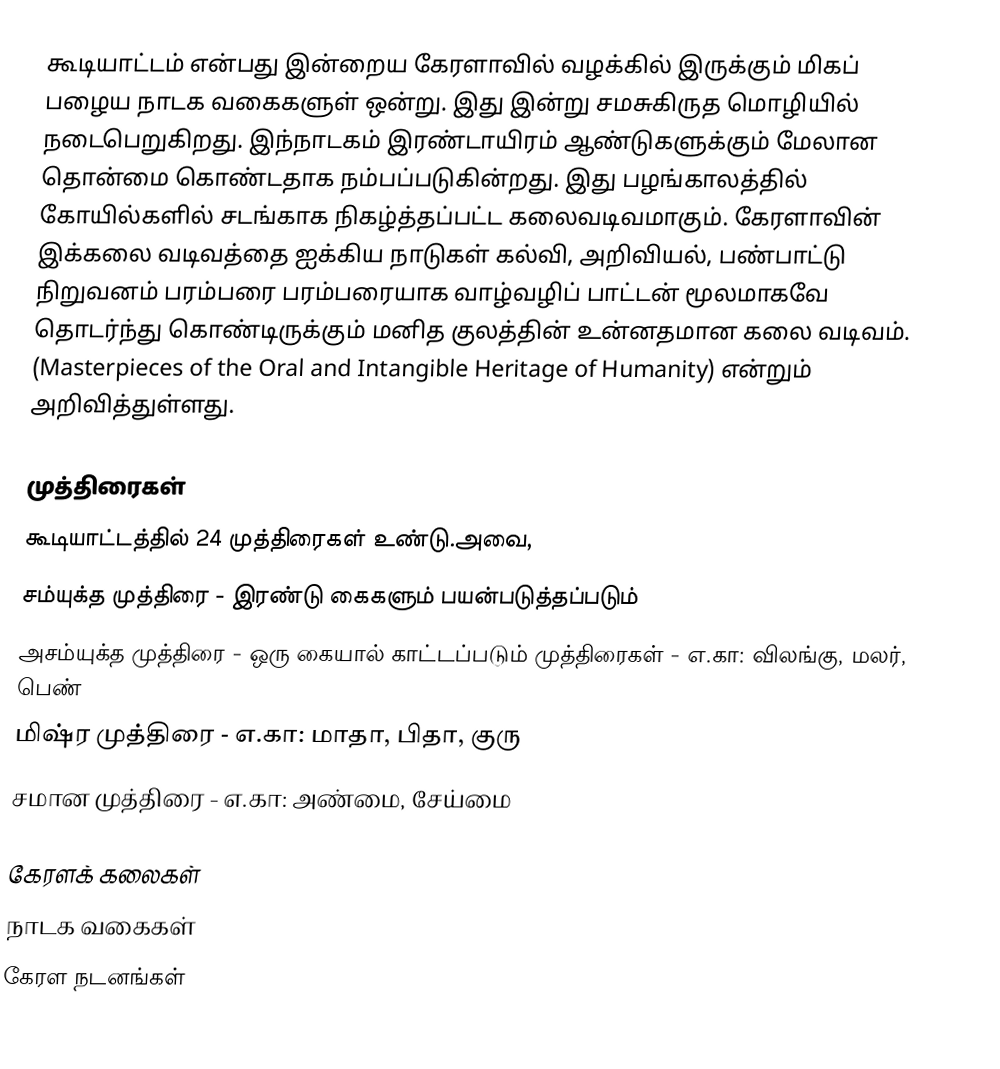
கூடியாட்டம் என்பது இன்றைய கேரளாவில் வழக்கில் இருக்கும் மிகப் பழைய நாடக வகைகளுள் ஒன்று. இது இன்று சமசுகிருத மொழியில் நடைபெறுகிறது. இந்நாடகம் இரண்டாயிரம் ஆண்டுகளுக்கும் மேலான தொன்மை கொண்டதாக நம்பப்படுகின்றது. இது பழங்காலத்தில் கோயில்களில் சடங்காக நிகழ்த்தப்பட்ட கலைவடிவமாகும். கேரளாவின் இக்கலை வடிவத்தை ஐக்கிய நாடுகள் கல்வி, அறிவியல், பண்பாட்டு நிறுவனம்  பரம்பரை பரம்பரையாக வாழ்வழிப் பாட்டன் மூலமாகவே தொடர்ந்து கொண்டிருக்கும் மனித குலத்தின் உன்னதமான கலை வடிவம். (Masterpieces of the Oral and Intangible Heritage of Humanity) என்றும் அறிவித்துள்ளது.

முத்திரைகள்
கூடியாட்டத்தில் 24 முத்திரைகள் உண்டு.அவை,
 சம்யுக்த முத்திரை - இரண்டு கைகளும் பயன்படுத்தப்படும்
 அசம்யுக்த முத்திரை - ஒரு கையால் காட்டப்படும் முத்திரைகள் - எ.கா: விலங்கு, மலர், பெண்
 மிஷ்ர முத்திரை - எ.கா: மாதா, பிதா, குரு
 சமான முத்திரை - எ.கா: அண்மை, சேய்மை

கேரளக் கலைகள்
நாடக வகைகள்
கேரள நடனங்கள்